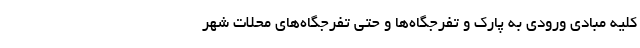
کلیه مبادی ورودی به پارک و تفرجگاه‌ها و حتی تفرجگاه‌های محلات شهر